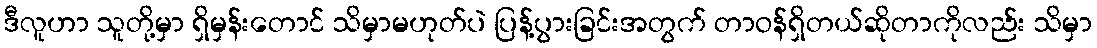
ဒီလူဟာ သူတို့မှာ ရှိမှန်းတောင် သိမှာမဟုတ်ပဲ ပြန့်ပွားခြင်းအတွက် တာဝန်ရှိတယ်ဆိုတာကိုလည်း သိမှာ